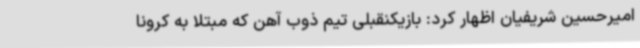
امیرحسین شریفیان اظهار کرد: بازیکنقبلی تیم ذوب آهن که مبتلا به کرونا